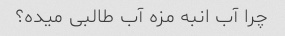
چرا آب انبه مزه آب طالبی میده؟